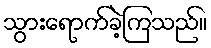
သွားရောက်ခဲ့ကြသည်။